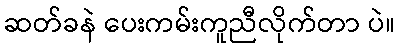
ဆတ်ခနဲ ပေးကမ်းကူညီလိုက်တာ ပဲ။